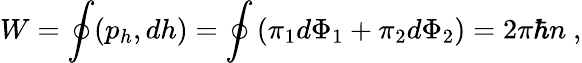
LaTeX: W=\oint(p_{h},dh)=\oint\left(\pi_{1}d\Phi_{1}+\pi_{2}d\Phi_{2}\right)=2\pi\hbar n\ ,